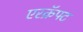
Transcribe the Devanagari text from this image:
एरक्रॅफ्ट